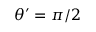
\theta ^ { \prime } = \pi / 2